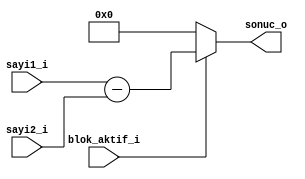
`timescale 1ns / 1ps

module cikarma(
   input         blok_aktif_i,
   input  [31:0] sayi1_i,
   input  [31:0] sayi2_i,
   output [31:0] sonuc_o
);
    
   reg [31:0] sonuc_r;
   assign sonuc_o = sonuc_r;
   
   always @* begin
      if(blok_aktif_i) begin
         sonuc_r = sayi1_i - sayi2_i;
      end
      else begin
         sonuc_r = 32'd0;
      end
   end
    
endmodule